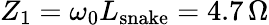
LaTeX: Z_{1}=\omega_{0}L_{\mathrm{snake}}=4.7\, \Omega